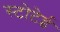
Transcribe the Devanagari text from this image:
स्टोटेई